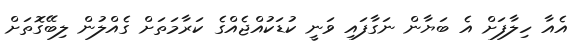
އެއާ ހިލާފަށް އެ ބަޔާން ނަގާފައި ވަނީ ކުޑަކުއްޖެއްގެ ކަރާމަތަށް ގެއްލުން ލިބޭގޮތަށް